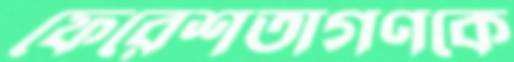
ফেরেশতাগণকে